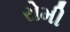
રોમી